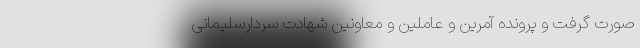
صورت گرفت و پرونده آمرین و عاملین و معاونین شهادت‌ سردار‌سلیمانی